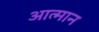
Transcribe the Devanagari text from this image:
आत्मान